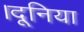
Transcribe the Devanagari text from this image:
।दूनिया